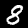
Digit: 8